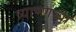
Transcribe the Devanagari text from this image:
त्र्याण्णव्या